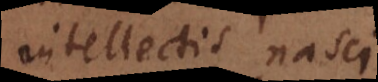
intellectis nasci